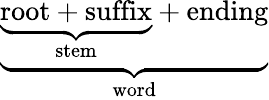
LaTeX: \underbrace{\underbrace{\mathrm{root+suffix}}_{\mathrm{stem}}+\mathrm{ending}}_{\mathrm{word}}